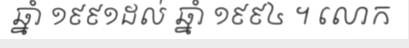
ឆ្នាំ ១៩៩១ដល់ ឆ្នាំ ១៩៩៤ ។ លោក